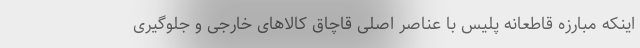
اینکه مبارزه قاطعانه پلیس با عناصر اصلی قاچاق کالاهای خارجی و جلوگیری